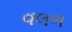
વલભ